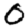
Digit: 0